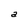
Character: a